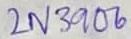
Text: 2N3906